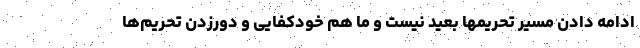
ادامه دادن مسیر تحریمها بعید نیست و ما هم خودکفایی و دورزدن تحریم‌ها